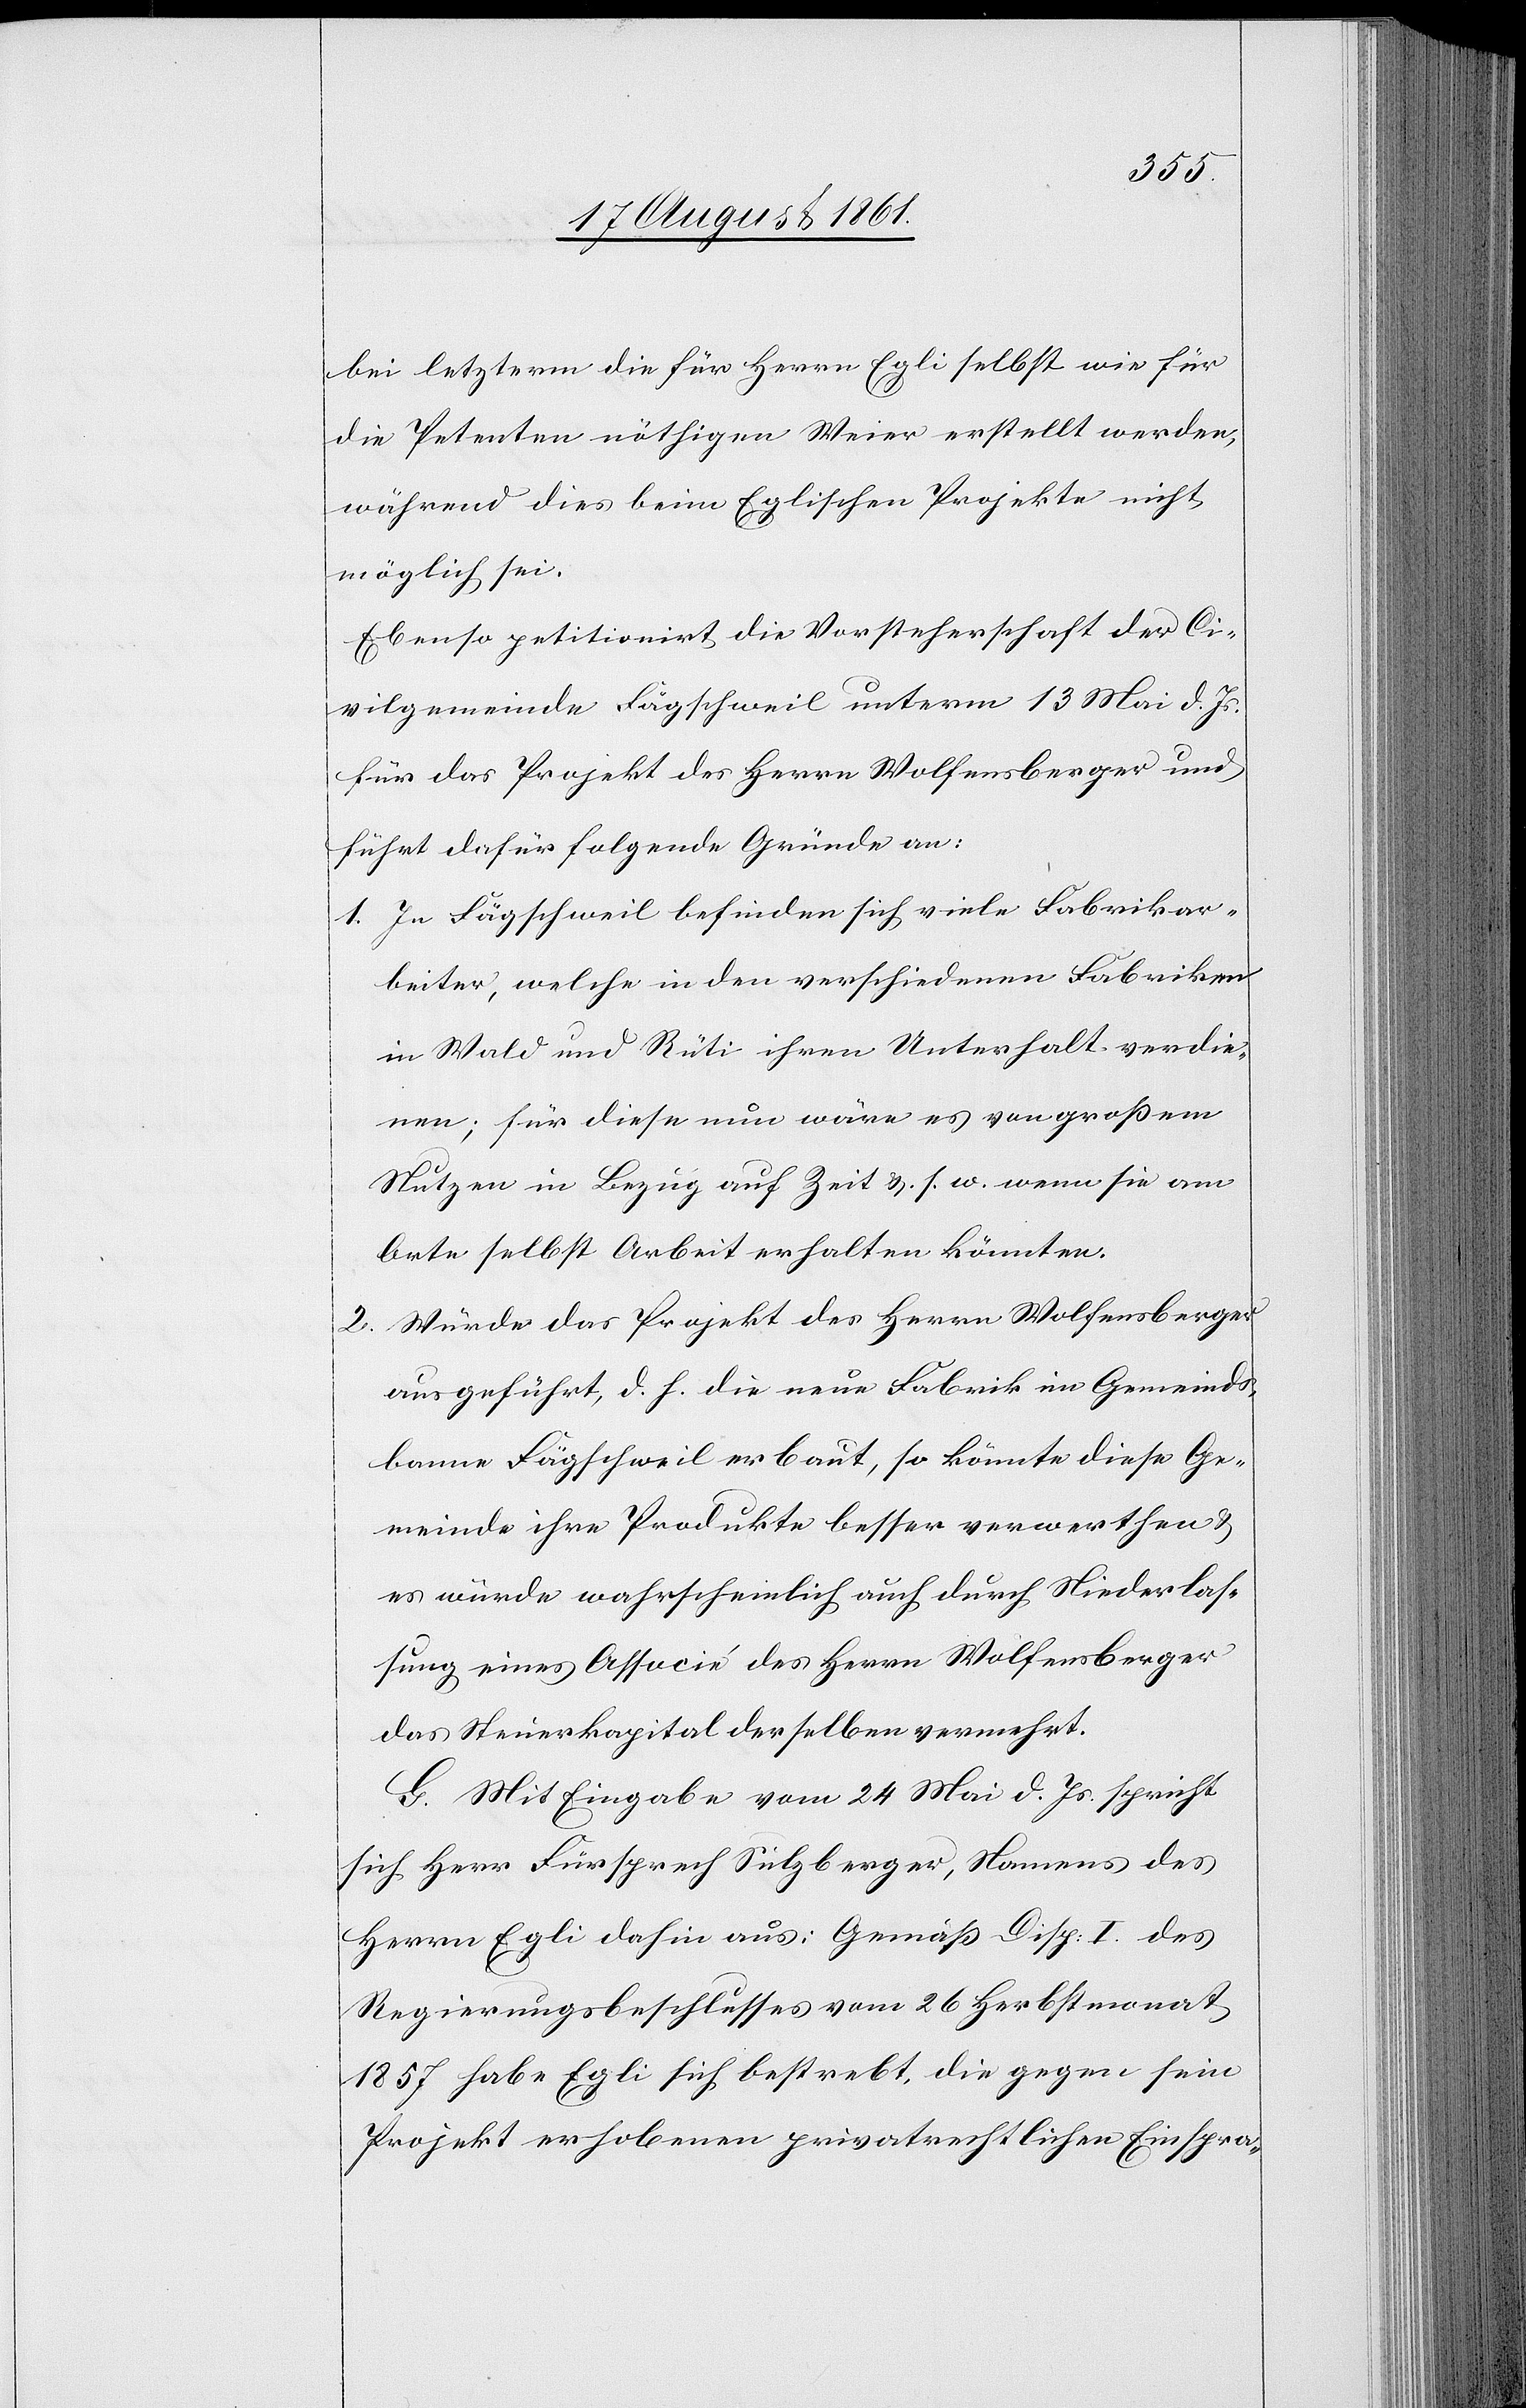
bei letzterm die für Herren Egli selbst wie für
die Petenten nöthigen Weier erstellt werden,
während dies beim Eglischen Projekte nicht
möglich sei.
Ebenso petitionirt die Vorsteherschaft der Ci¬
vilgemeinde Fägschweil unterm 13 Mai d. Js.
für das Projekt des Herrn Wolfensberger und
führt dafür folgende Gründe an:
1. In Fägschweil befinden sich viele Fabrikar¬
beiter, welche in den verschiedenen Fabriken
in Wald und Rüti ihren Unterhalt verdie¬
nen; für diese nun wäre es von großem
Nutzen in Bezug auf Zeit u. s. w. wenn sie am
Orte selbst Arbeit erhalten könnten.
2. Würde das Projekt des Herrn Wolfensberger
ausgeführt, d. h. die neue Fabrik im Gemeinds¬
banne Fägschweil erbaut, so könnte diese Ge¬
meinde ihre Produkte besser verwerthen u.
es würde wahrscheinlich auch durch Niederlas¬
sung eines Associé des Herrn Wolfensberger
das Steuerkapital derselben vermehrt.
G. Mit Eingabe vom 24 Mai d. Js. spricht
sich Herr Fürsprech Sulzberger, Namens des
Herrn Egli dahin aus: Gemäß Disp. I des
Regierungsbeschlusses vom 26 Herbstmonat
1857 habe Egli sich bestrebt, die gegen sein
Projekt erhobenen privatrechtlichen Einspra-